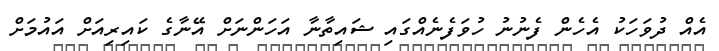
އެއް ދުވަހަކު އެހެން ފެނުނު ހުވަފެނެއްގައި ޝައިތާނާ އަހަންނަށް އޭނާގެ ކައިރިއަށް އައުމަށް